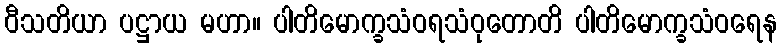
ဝီသတိယာ ပဋ္ဌာယ မဟာ။ ပါတိမောက္ခသံဝရသံဝုတောတိ ပါတိမောက္ခသံဝရေန